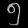
Digit: ၅